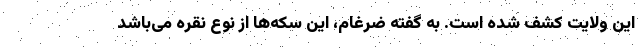
این ولایت کشف شده است. به گفته ضرغام، این سکه‌ها از نوع نقره می‌باشد